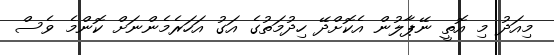
މިއަދު މި އޮތީ ނޭޕާލުން އެކޮށްދޭ ހިދުމަތުގެ އަގު އަހަރެމެންނަށް ކޮންމެ ވެސް